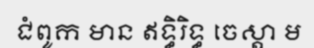
ជំពូក មាន ឥទ្ធិរិទ្ធ ចេស្តា ម